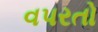
વપરતો